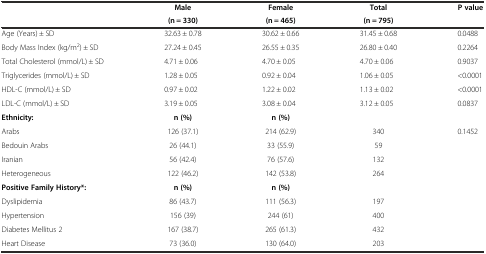
<table><thead><tr><td rowspan="2"></td><td><b>Male</b></td><td><b>Female</b></td><td><b>Total</b></td><td rowspan="2"><b>P value</b></td></tr><tr><td><b>(n = 330)</b></td><td><b>(n = 465)</b></td><td><b>(n = 795)</b></td></tr></thead><tbody><tr><td>Age (Years) ± SD</td><td>32.63 ± 0.78</td><td>30.62 ± 0.66</td><td>31.45 ± 0.68</td><td>0.0488</td></tr><tr><td>Body Mass Index (kg/m<sup>2</sup>) ± SD</td><td>27.24 ± 0.45</td><td>26.55 ± 0.35</td><td>26.80 ± 0.40</td><td>0.2264</td></tr><tr><td>Total Cholesterol (mmol/L) ± SD</td><td>4.71 ± 0.06</td><td>4.70 ± 0.05</td><td>4.70 ± 0.06</td><td>0.9037</td></tr><tr><td>Triglycerides (mmol/L) ± SD</td><td>1.28 ± 0.05</td><td>0.92 ± 0.04</td><td>1.06 ± 0.05</td><td>&lt;0.0001</td></tr><tr><td>HDL-C (mmol/L) ± SD</td><td>0.97 ± 0.02</td><td>1.22 ± 0.02</td><td>1.13 ± 0.02</td><td>&lt;0.0001</td></tr><tr><td>LDL-C (mmol/L) ± SD</td><td>3.19 ± 0.05</td><td>3.08 ± 0.04</td><td>3.12 ± 0.05</td><td>0.0837</td></tr><tr><td><b>Ethnicity:</b></td><td><b>n (%)</b></td><td><b>n (%)</b></td><td></td><td></td></tr><tr><td>Arabs</td><td>126 (37.1)</td><td>214 (62.9)</td><td>340</td><td>0.1452</td></tr><tr><td>Bedouin Arabs</td><td>26 (44.1)</td><td>33 (55.9)</td><td>59</td><td></td></tr><tr><td>Iranian</td><td>56 (42.4)</td><td>76 (57.6)</td><td>132</td><td></td></tr><tr><td>Heterogeneous</td><td>122 (46.2)</td><td>142 (53.8)</td><td>264</td><td></td></tr><tr><td><b>Positive Family History*:</b></td><td><b>n (%)</b></td><td><b>n (%)</b></td><td></td><td></td></tr><tr><td>Dyslipidemia</td><td>86 (43.7)</td><td>111 (56.3)</td><td>197</td><td></td></tr><tr><td>Hypertension</td><td>156 (39)</td><td>244 (61)</td><td>400</td><td></td></tr><tr><td>Diabetes Mellitus 2</td><td>167 (38.7)</td><td>265 (61.3)</td><td>432</td><td></td></tr><tr><td>Heart Disease</td><td>73 (36.0)</td><td>130 (64.0)</td><td>203</td><td></td></tr></tbody></table>